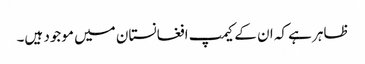
ظاہر ہے کہ ان کے کیمپ افغانستان میں موجود ہیں۔